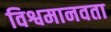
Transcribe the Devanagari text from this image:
विश्वमानवता